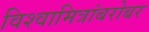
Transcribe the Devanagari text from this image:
विश्वामित्रांबरोबर